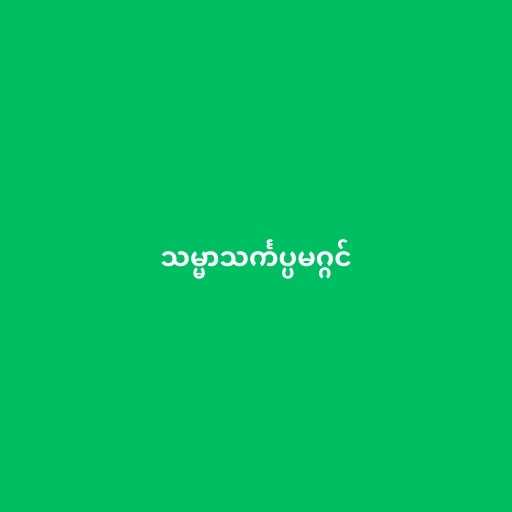
သမ္မာသင်္ကပ္ပမဂ္ဂင်